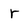
Character: r